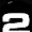
Digit: 2